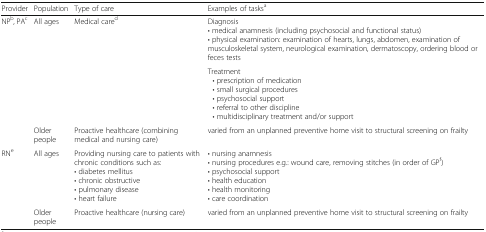
| Provider | Population | Type of care | Examples of tasksa |
 | --- | --- | --- | --- |
 | <ROWSPAN=3> NPb, PAc | <ROWSPAN=2> All ages | <ROWSPAN=2> Medical cared | Diagnosis• medical anamnesis (including psychosocial and functional status)• physical examination: examination of hearts, lungs, abdomen, examination of musculoskeletal system, neurological examination, dermatoscopy, ordering blood or feces tests |
 | Treatment • prescription of medication • small surgical procedures • psychosocial support • referral to other discipline • multidisciplinary treatment and/or support |
 | Older people | Proactive healthcare (combining medical and nursing care) | varied from an unplanned preventive home visit to structural screening on frailty |
 | <ROWSPAN=2> RNe | All ages | Providing nursing care to patients with chronic conditions such as:• diabetes mellitus• chronic obstructive• pulmonary disease• heart failure | • nursing anamnesis• nursing procedures e.g.: wound care, removing stitches (in order of GPf)• psychosocial support• health education• health monitoring• care coordination |
 | Older people | Proactive healthcare (nursing care) | varied from an unplanned preventive home visit to structural screening on frailty |